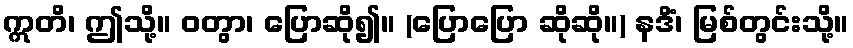
ဣတိ၊ ဤသို့။ ဝတွာ၊ ပြောဆို၍။ (ပြောပြော ဆိုဆို။) နဒိံ၊ မြစ်တွင်းသို့။